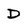
Character: D